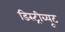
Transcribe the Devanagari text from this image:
डिस्ट्रीब्यूट